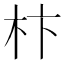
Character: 𣏣